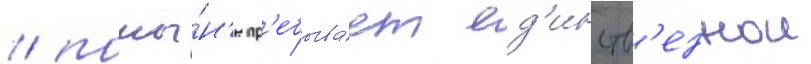
/ поны́н'е пр'ебыва́ет ед'инств'еннои